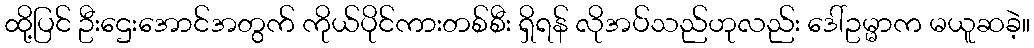
ထို့ပြင် ဦးဌေးအောင်အတွက် ကိုယ်ပိုင်ကားတစ်စီး ရှိရန် လိုအပ်သည်ဟုလည်း ဒေါ်ဥမ္မာက မယူဆခဲ့။